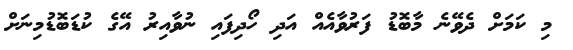
މި ކަމަށް ދެވޭނެ މާބޮޑު ފަރުވާއެއް އަދި ހޯދިފައި ނުވާއިރު އޭގެ ކުޑަބޮޑުމިނަށް